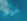
خوفا